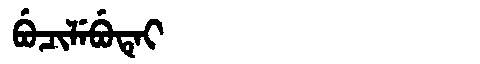
Manchu: ᠪᡠᠴᡳᠯᡝᠪᡠᡨᡝᡳ
Romanization: BUCILEBUTEI